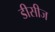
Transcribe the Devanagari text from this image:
डीसीज